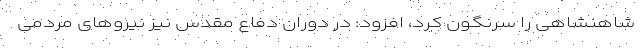
شاهنشاهی را سرنگون کرد، افزود: در دوران دفاع مقدس نیز نیروهای مردمی